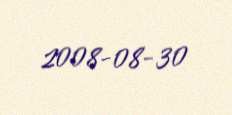
2008-08-30